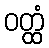
ဝတ္ထံ